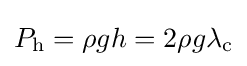
P_{\rm {h}}=\rho gh=2\rho g\lambda _{\rm {c}}